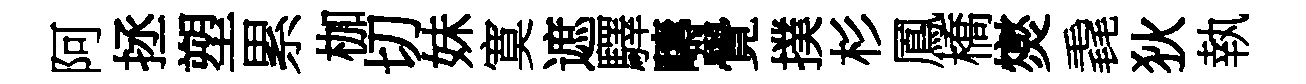
阿拯塑累枷切妹寞遮驛疇覺撲杉鳳橋爕毳狄執